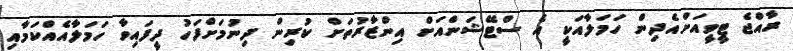
ރާއްޖެ ޓީވީއަށްއެދިން ހަމަލާއަކީ އެ ސްޓޭޝަންއަށް އިންޒާރުތަށް ކުރިން ދިނުމަށްފަހު ދީފައިވާ ހަމަލާއެއްކަމާއި